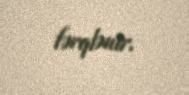
fərqlənir.